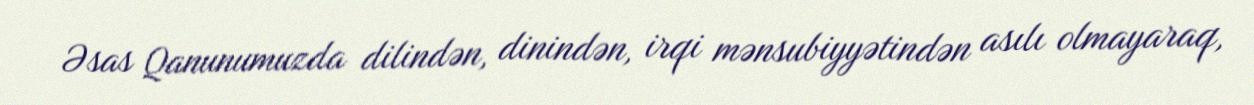
Əsas Qanunumuzda dilindən, dinindən, irqi mənsubiyyətindən asılı olmayaraq,